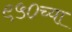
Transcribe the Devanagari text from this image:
९५०च्या